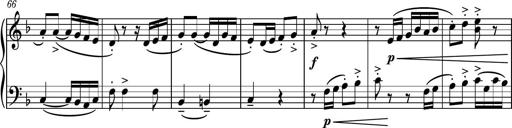
Title: Piano Sonatina II
Composer: Dimitri Sykias
Key: F major